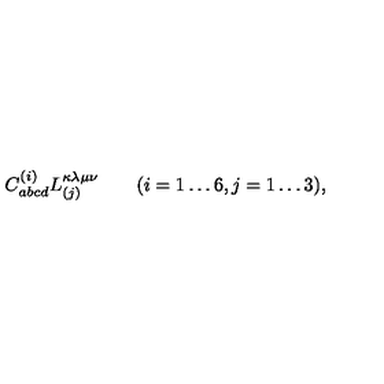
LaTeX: C _ { a b c d } ^ { ( i ) } L _ { ( j ) } ^ { \kappa \lambda \mu \nu } \qquad ( i = 1 \ldots 6 , j = 1 \ldots 3 ) ,